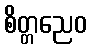
စိတ္တညေဝ